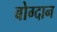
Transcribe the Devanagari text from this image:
बोग्दान